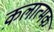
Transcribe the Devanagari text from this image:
क़लात्मक